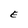
Character: E